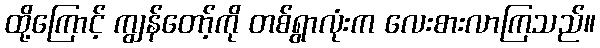
ထို့ကြောင့် ကျွန်တော့်ကို တစ်ရွာလုံးက လေးစားလာကြသည်။